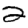
Digit: 2